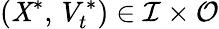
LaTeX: (\mathit{X}^{\ast},\, V_{t}^{\ast})\in\mathcal{{I}}\times\mathcal{{O}}